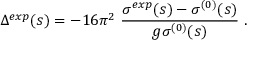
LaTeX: \Delta ^ { e x p } ( s ) = - 1 6 \pi ^ { 2 } \ \frac { \sigma ^ { e x p } ( s ) - \sigma ^ { ( 0 ) } ( s ) } { g \sigma ^ { ( 0 ) } ( s ) } \ .